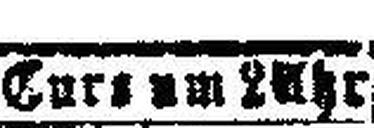
Curs um 2 Uhr